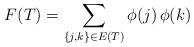
LaTeX: \begin{align*} F(T) = \sum_{\{ j,k\} \in E(T)}\phi(j)\, \phi(k)\end{align*}